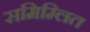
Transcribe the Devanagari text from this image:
समिम्लित